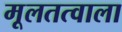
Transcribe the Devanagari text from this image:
मूलतत्वाला